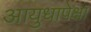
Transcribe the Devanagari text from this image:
आयुधापेक्षा